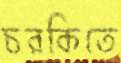
চরকিতে